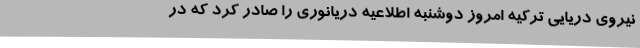
نیروی دریایی ترکیه امروز دوشنبه اطلاعیه دریانوری را صادر کرد که در